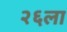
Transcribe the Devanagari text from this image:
२६ला